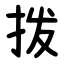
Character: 拨